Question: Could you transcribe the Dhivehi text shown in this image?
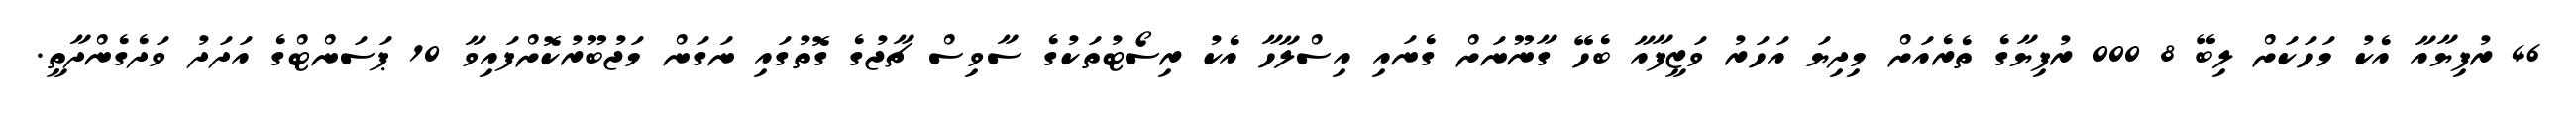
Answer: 46 ރުފިޔާއާ އެކު މަހަކަށް ލިބޭ 8 000 ރުފިޔާގެ ތެރެއަށް މިދިޔަ އަހަރު ވަޒީފާއާ ބެހޭ ގާނޫނަށް ގެނައި އިސްލާހާ އެކު ރިސޯޓުތަކުގެ ސާވިސް ޗާޖުގެ ގޮތުގައި ނަގަން މަޖުބޫރުކޮށްފައިވާ 10 ޕަސަންޓްގެ އަދަދު ވަދެގެންދާތީ.